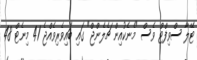
ޓޭލާ ސްވިފްޓް ވެސް "މެނެކުއިން ޗެލެންޖް" ގައި ބައިވެރިވެއްޖެ 41 މިނެޓް 48